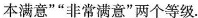
本满意”“非常满意”两个等级.